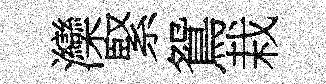
灤緊鴛栽